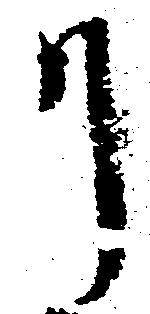
り